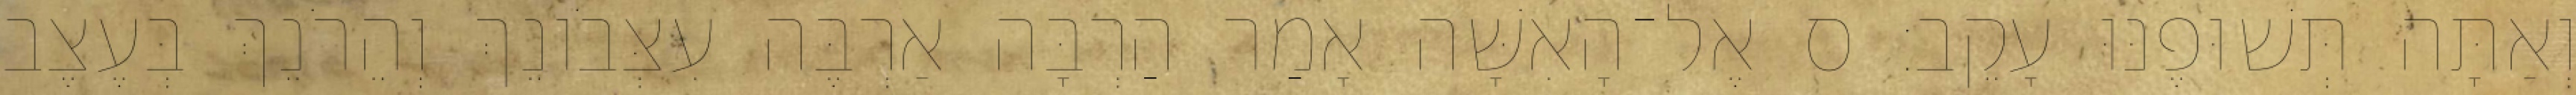
וְאַתָּה תְּשׁוּפֶנּוּ עָקֵב׃ ס אֶל־הָאִשָּׁה אָמַר הַרְבָּה אַרְבֶּה עִצְּבֹונֵךְ וְהֵרֹנֵךְ בְּעֶצֶב